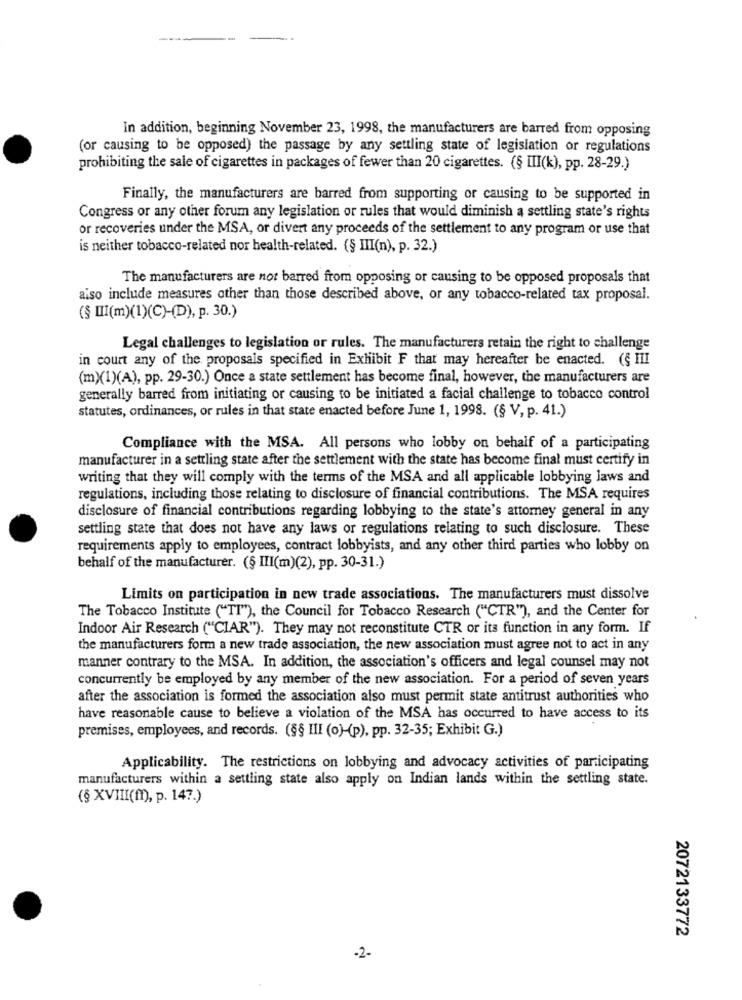
In addition, beginning November 23, 1998, the manufacturers are barred from opposing
(or causing to be opposed) the passage by any settling state of legislation or regulations
prohibiting the sale of cigarettes in packages of fewer than 20 cigarettes. (§ III(k), pp. 28-29.)
Finally, the manufacturers are barred from supporting or causing to be supported in
Congress or any other forum any legislation or rules that would diminish a settling state's rights
or recoveries under the MSA, or divert any proceeds of the settlement to any program or use that
is neither tobacco-related nor health-related. (§ III(n), p. 32.)
The manufacturers are not barred from opposing or causing to be opposed proposals that
also include measures other than those described above, or any tobacco-related tax proposal.
(§ III(m)(1)(C)-(D), p. 30.)
Legal challenges to legislation or rules. The manufacturers retain the right to challenge
in court any of the proposais specified in Exhibit F that may hereafter be enacted. (§ III
(m)(1)(A), pp. 29-30.) Once a state settlement has become final, however, the manufacturers are
generally barred from initiating or causing to be initiated a facial challenge to tobacco control
statutes, ordinances, or rules in that state enacted before June 1, 1998. (§ V, p. 41.)
Compliance with the MSA. All persons who lobby on behalf of a participating
manufacturer in a settling state after the settlement with the state has become final must certify in
writing that they will comply with the terms of the MSA and all applicable lobbying laws and
regulations, including those relating to disclosure of financial contributions. The MSA requires
disclosure of financial contributions regarding lobbying to the state's attorney general in any
settling state that does not have any laws or regulations relating to such disclosure. These
requirements apply to employees, contract lobbyists, and any other third parties who lobby on
behalf of the manufacturer. (§ III(m)(2), pp. 30-31.)
Limits on participation in new trade associations. The manufacturers must dissolve
The Tobacco Institute ("TI"), the Council for Tobacco Research ("CTR"), and the Center for
Indoor Air Research ("CIAR"). They may not reconstitute CTR or its function in any form. If
the manufacturers form a new trade association, the new association must agree not to act in any
manner contrary to the MSA. In addition, the association's officers and legal counsel may not
concurrently be employed by any member of the new association. For a period of seven years
after the association is formed the association also must permit state antitrust authorities who
have reasonable cause to believe a violation of the MSA has occurred to have access to its
premises, employees, and records. (§§ III (o)-(p), pp. 32-35; Exhibit G.)
Applicability. The restrictions on lobbying and advocacy activities of participating
manufacturers within a settling state also apply on Indian lands within the settling state.
(§ XVIII(f), p. 147.)
2072133772
-2-